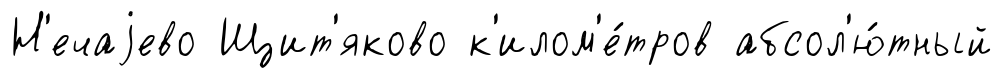
Н'ечаjево Щит'яково к'илом'е́тров абсол'ю́тный